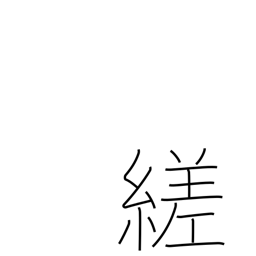
Meaning: twist